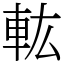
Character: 䡌